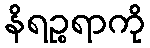
နိရဉ္စရာကို